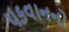
પકવાનનો